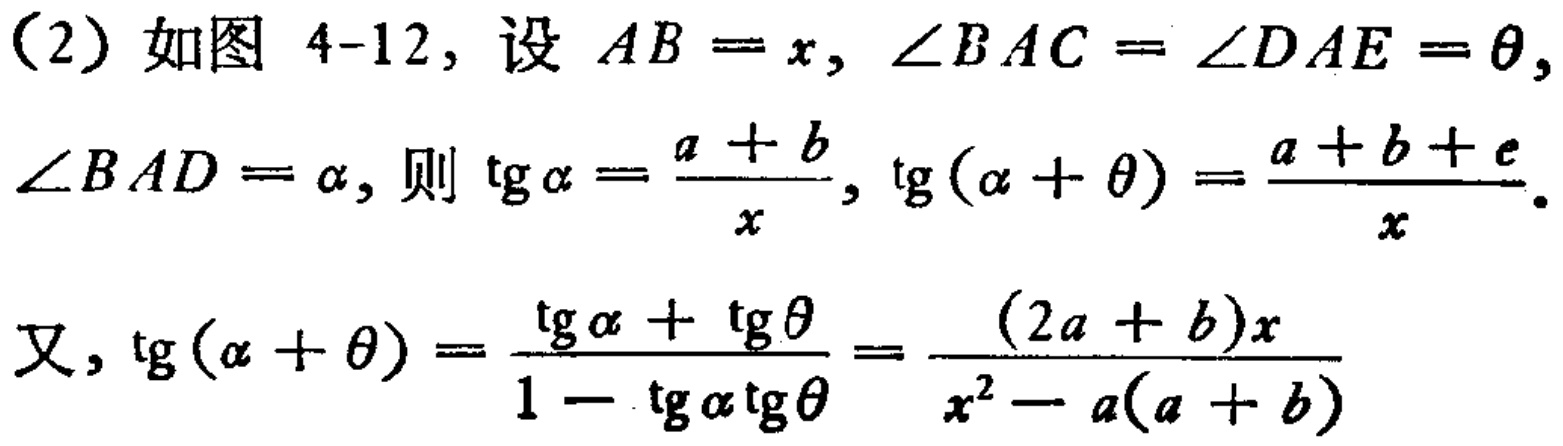
（2）如图 4-12，设 \(AB = x\)，\(\angle BAC=\angle DAE = \theta\)，\(\angle BAD=\alpha\)，则 \(\mathrm{tg}\alpha=\frac{a + b}{x}\)，\(\mathrm{tg}(\alpha+\theta)=\frac{a + b + c}{x}\)。
又，\(\mathrm{tg}(\alpha+\theta)=\frac{\mathrm{tg}\alpha+\mathrm{tg}\theta}{1 - \mathrm{tg}\alpha\mathrm{tg}\theta}=\frac{(2a + b)x}{x^{2}-a(a + b)}\)